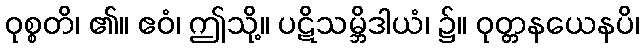
ဝုစ္စတိ၊ ၏။ ဧဝံ၊ ဤသို့။ ပဋိသမ္ဘိဒါယံ၊ ၌။ ဝုတ္တနယေနပိ၊